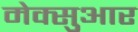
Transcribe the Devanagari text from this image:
मेक्सुआर